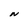
Character: N